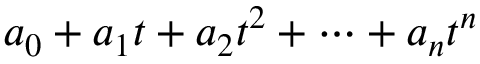
a _ { 0 } + a _ { 1 } t + a _ { 2 } t ^ { 2 } + \cdots + a _ { n } t ^ { n }